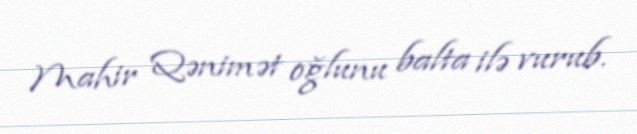
Mahir Qənimət oğlunu balta ilə vurub.